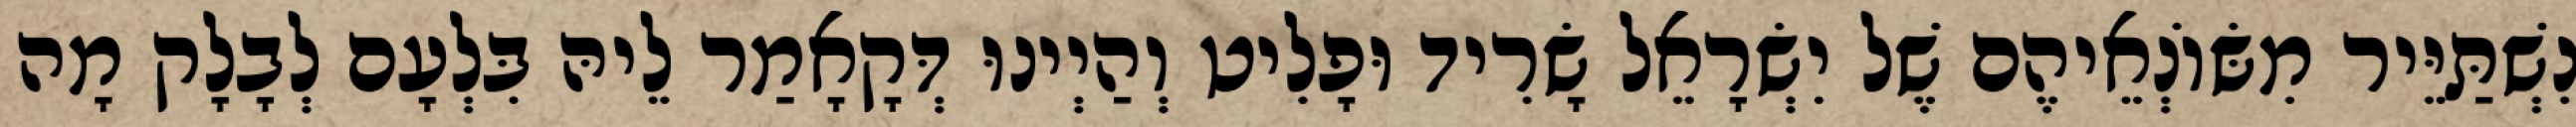
נִשְׁתַּיֵּיר מִשּׂוֹנְאֵיהֶם שֶׁל יִשְׂרָאֵל שָׂרִיד וּפָלִיט וְהַיְינוּ דְּקָאָמַר לֵיהּ בִּלְעָם לְבָלָק מָה